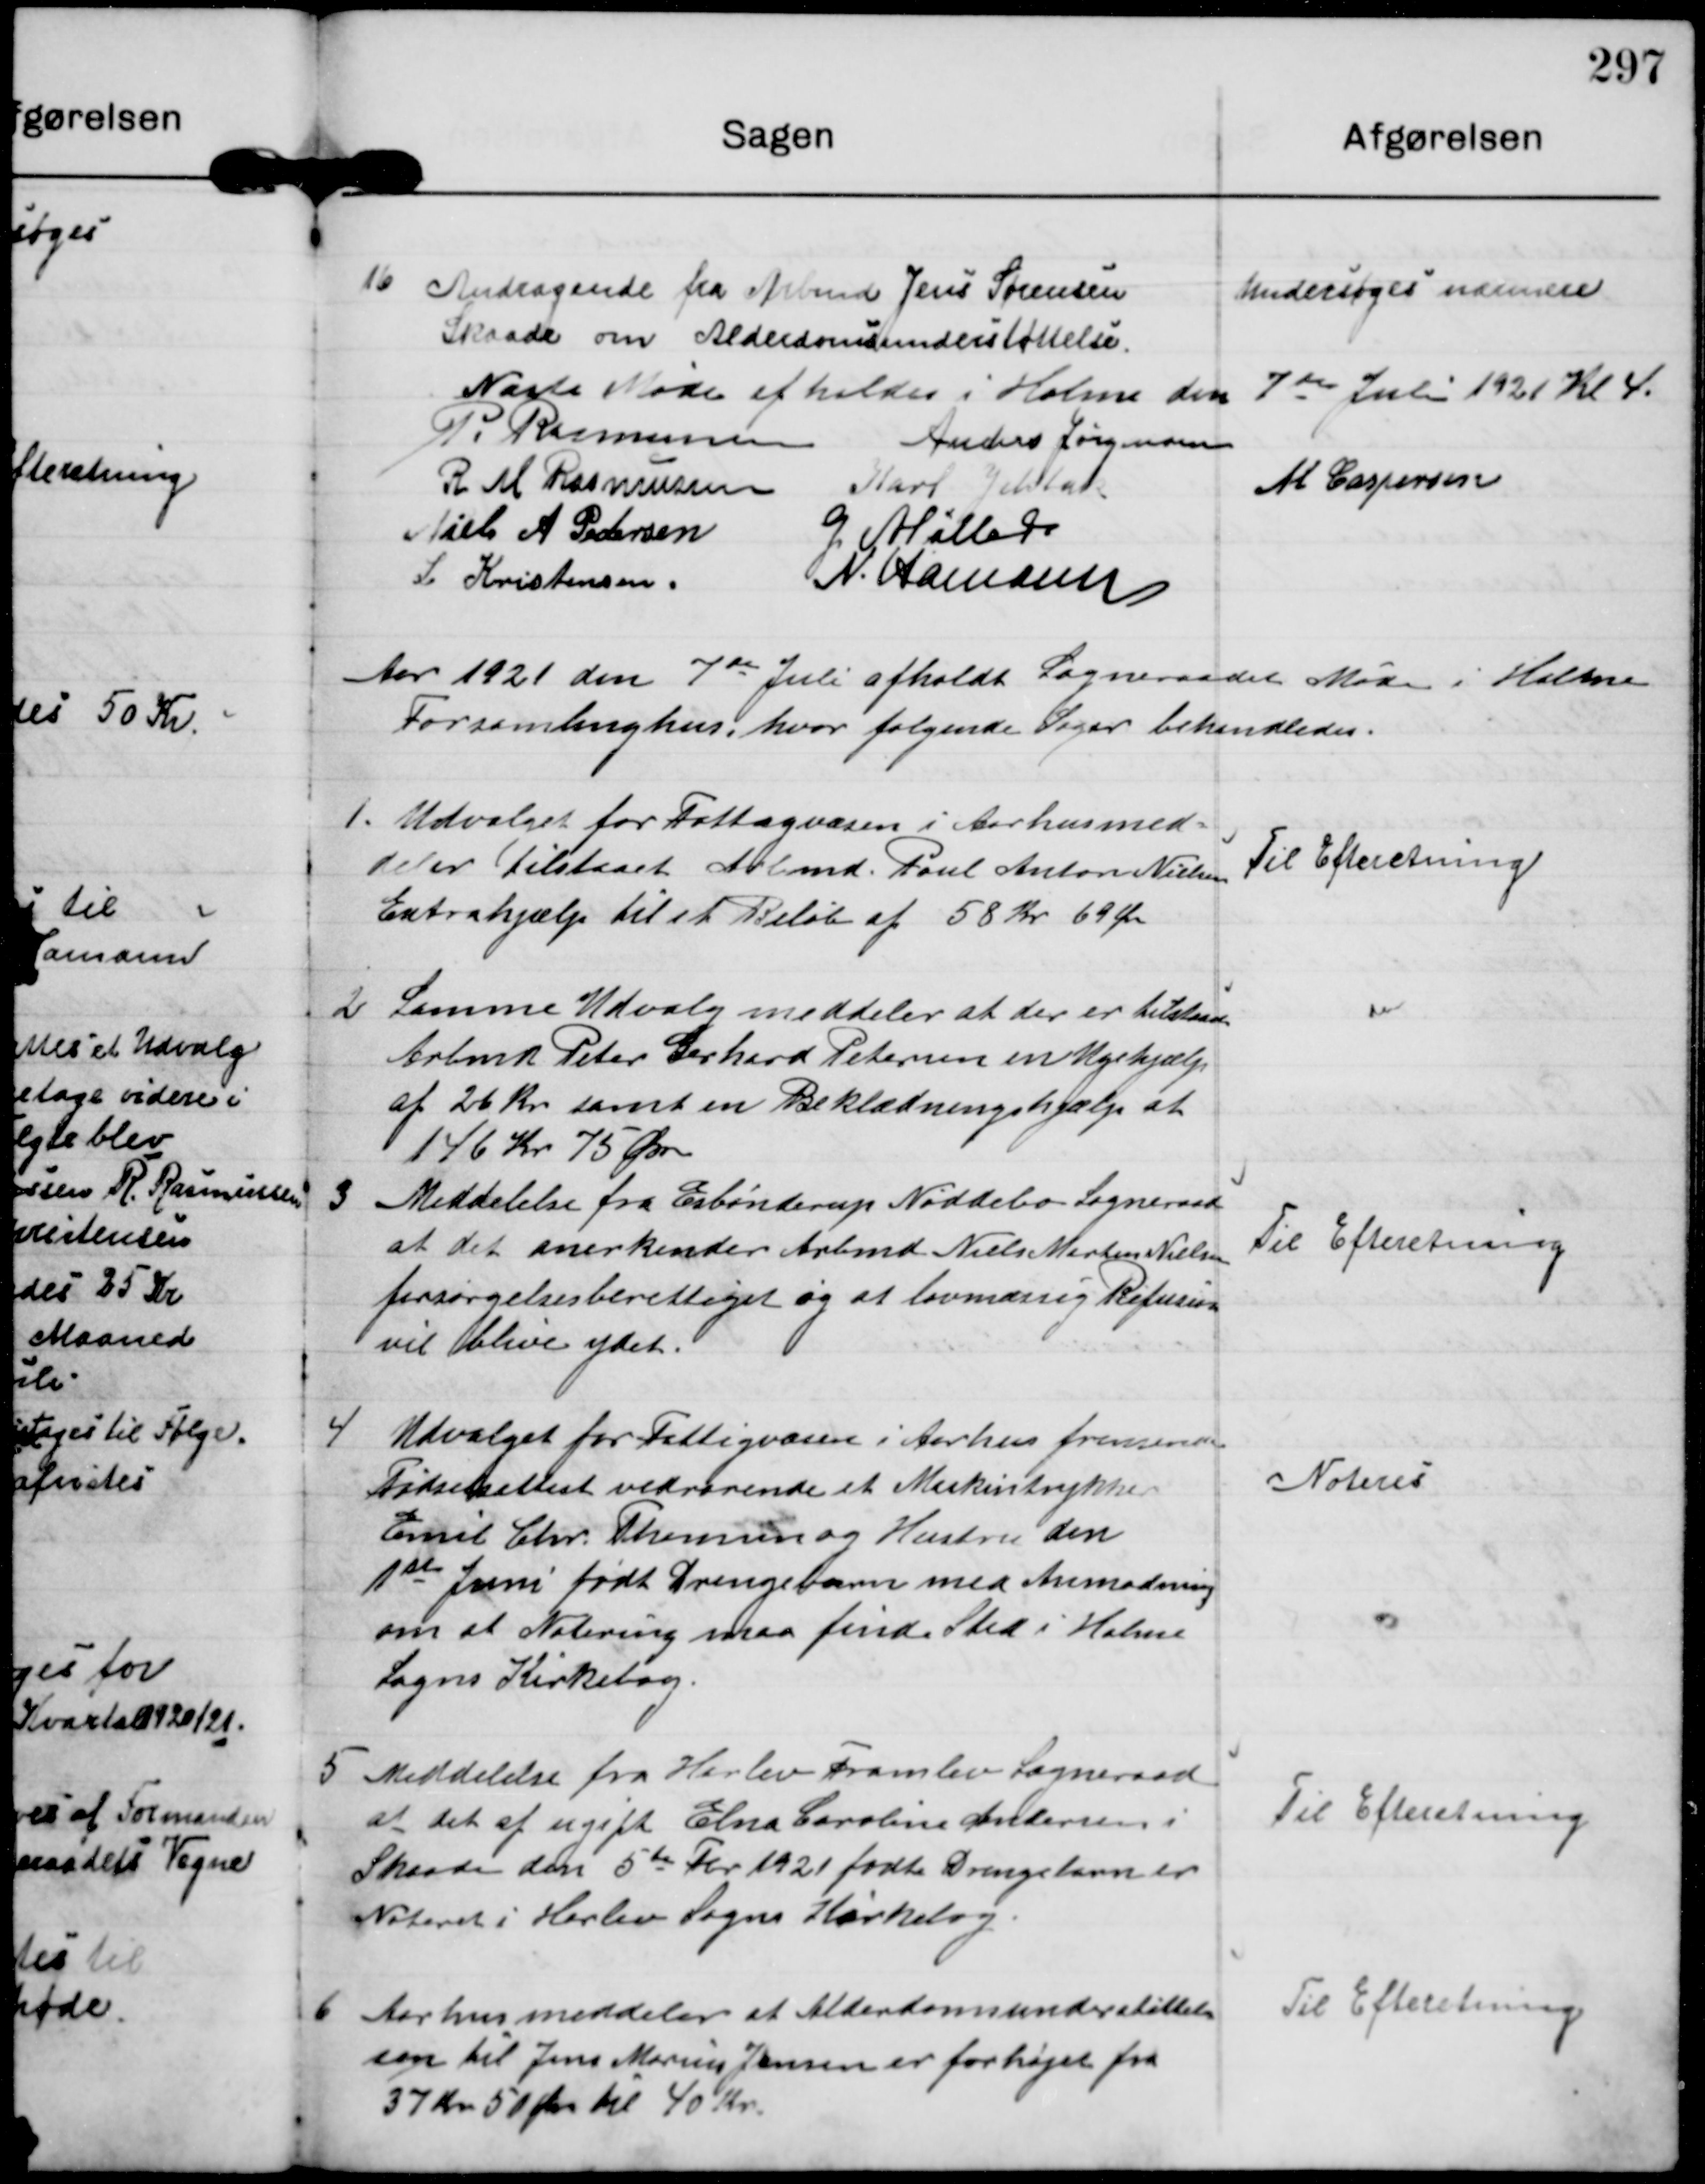
Transskription:
16

Andragende fra Arbmd Jens Sørensen
Skaade om Alderdomsunderstøttelse.

Undersøges nærmere

Næste Møde afholdes i Holme den 7de Juli 1921 Kl 4.

P. Rasmussen
Anders Jørgensen
R M Rasmussen Karl Jelsbak
M Caspersen
Niels A Pedersen
G. Møller.
L Kristensen.
N. Hamann

Aar 1921 den 7de Juli afholdt Sogneraadet Møde i Holme
Forsamlinghus, hvor følgende Sager behandledes.

1.

Udvalget for Fattigvæsen i Aarhus med-
deler tilstaaet Arbmd Poul Anton Nielsen
Extrahjælp til et Beløb af 58 Kr 69 Ø

Til Efteretning.

2

Samme Udvalg meddeler at der er tilstaaet
Arbmd Peter Erhard Petersen en Ugehjælp.
af 26 Kr samt en Beklædningshjælp at
146 Kr 75 Øre

3

Meddelelse fra Esbønderup Nøddebo Sogneraad
at det anerkender Arbmd Niels Martin Nielsen
forsørgelsesberettiget og at lovmæssig Refusion
vil blive ydet.

Til Efteretning

4

Udvalget for Fattigvæsen i Aarhus fremsender
Fødselsattest vedrørende et Maskintrykker
Emil Chr. Thomsen og Hustru den
1ste Juni født Drengebarn med Anmodning
om at Notering maa finde Sted i Holme
Sogns Kirkebog

Noteret

5.

Meddelelse fra Harlev Framlev Sogneraad
at det af ugift Elna Caroline Andersen i
Skaade den 5te Fbr 1921 født Drengebarn er
Noteret i Harlev Sogns Kirkebog.

Til Efteretning.

6

Aarhus meddeler at Alderdomsunderstøttel-
sen til Jens Marius Jensen er forhøjet fra
37 Kr 50 Øre til 40 Kr.

Til Efteretning